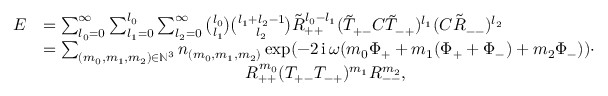
\begin{array} { r l } { E } & { = \sum _ { l _ { 0 } = 0 } ^ { \infty } \sum _ { l _ { 1 } = 0 } ^ { l _ { 0 } } \sum _ { l _ { 2 } = 0 } ^ { \infty } \binom { l _ { 0 } } { l _ { 1 } } \binom { l _ { 1 } + l _ { 2 } - 1 } { l _ { 2 } } \tilde { R } _ { + + } ^ { l _ { 0 } - l _ { 1 } } ( \tilde { T } _ { + - } C \tilde { T } _ { - + } ) ^ { l _ { 1 } } ( C \tilde { R } _ { -- } ) ^ { l _ { 2 } } } \\ & { = \sum _ { ( m _ { 0 } , m _ { 1 } , m _ { 2 } ) \in \mathbb N ^ { 3 } } n _ { ( m _ { 0 } , m _ { 1 } , m _ { 2 } ) } \exp ( - 2 \operatorname { i } \omega ( m _ { 0 } \Phi _ { + } + m _ { 1 } ( \Phi _ { + } + \Phi _ { - } ) + m _ { 2 } \Phi _ { - } ) ) \cdot } \\ & { \qquad \qquad \qquad \qquad \qquad \qquad R _ { + + } ^ { m _ { 0 } } ( T _ { + - } T _ { - + } ) ^ { m _ { 1 } } R _ { -- } ^ { m _ { 2 } } , } \end{array}